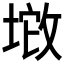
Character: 𱡚